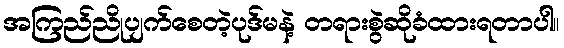
အကြည်ညိုပျက်စေတဲ့ပုဒ်မနဲ့ တရားစွဲဆိုခံထားရတာပါ။